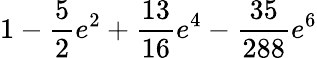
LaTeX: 1-\frac{5}{2}e^{2}+\frac{13}{16}e^{4}-\frac{35}{288}e^{6}